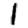
Digit: 1